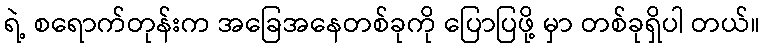
ရဲ့ စရောက်တုန်းက အခြေအနေတစ်ခုကို ပြောပြဖို့ မှာ တစ်ခုရှိပါ တယ်။